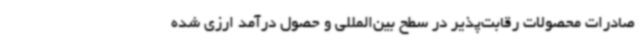
صادرات محصولات رقابت‌پذیر در سطح بین‌المللی و حصول درآمد ارزی شده